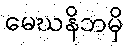
မေဃနိဘမှိ